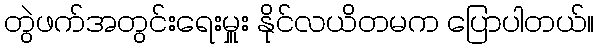
တွဲဖက်အတွင်းရေးမှူး နိုင်လယိတမက ပြောပါတယ်။